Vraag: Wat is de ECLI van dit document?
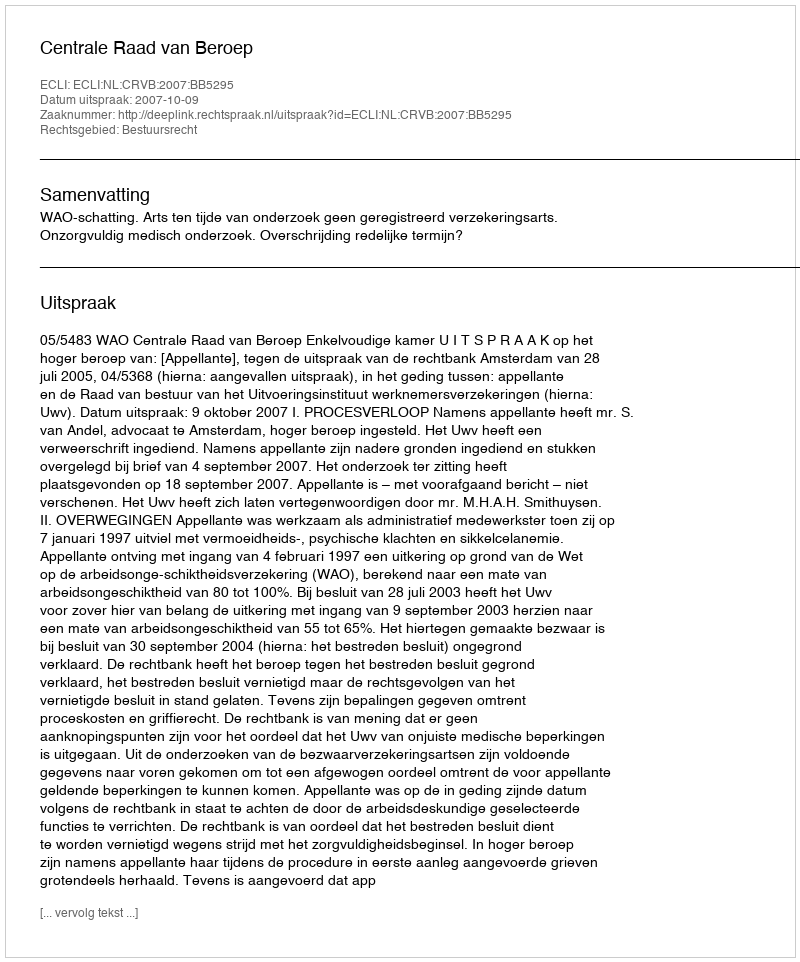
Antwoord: ECLI:NL:CRVB:2007:BB5295